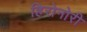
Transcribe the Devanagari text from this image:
हिरोनोरी